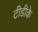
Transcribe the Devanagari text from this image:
टीडीके